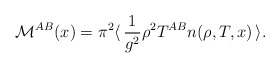
\begin{align*}{\cal M}^{AB}(x) = \pi^2 \langle \,\frac{1}{g^2} \rho^2 T^{AB} n(\rho, T,x)\,\rangle.\end{align*}